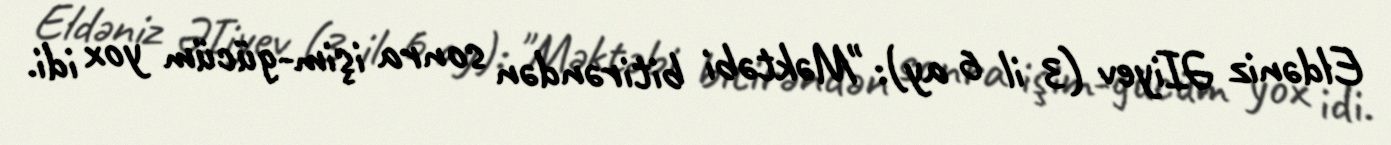
Eldəniz ƏIiyev (3 il 6 ay): "Məktəbi bitirəndən sonra işim-gücüm yox idi.